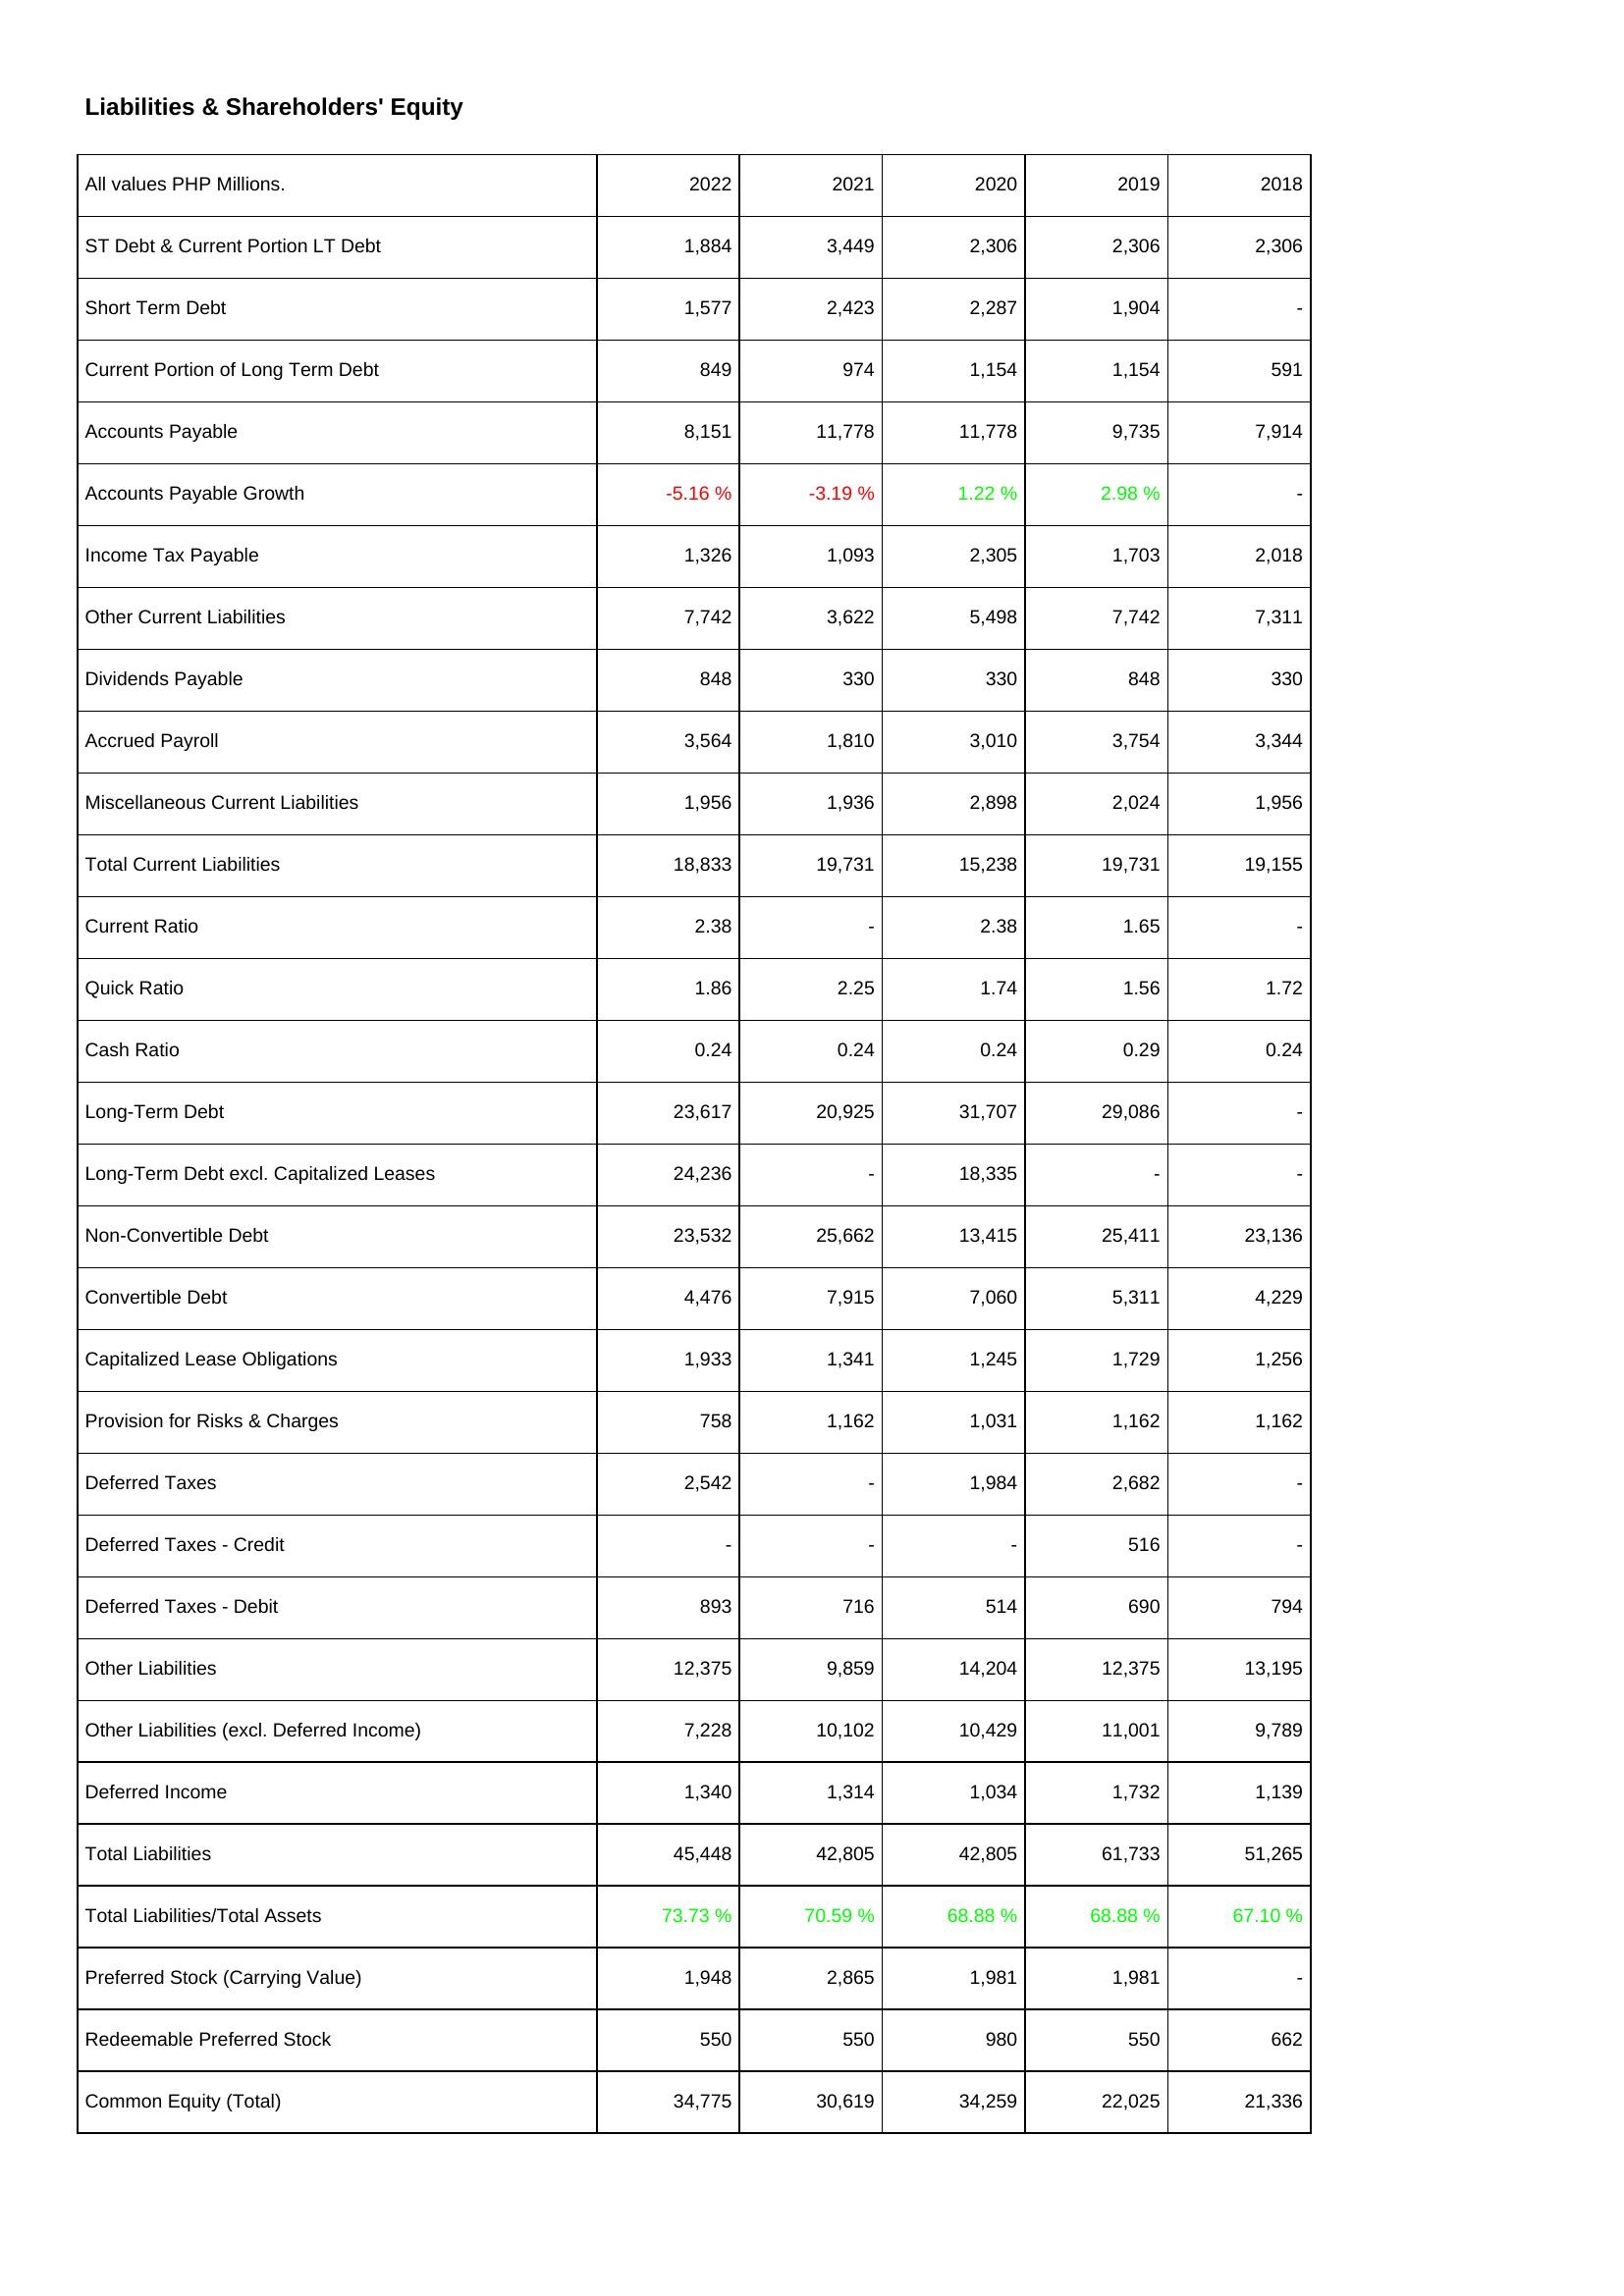
2022: Liabilities & Shareholders' Equity: ST Debt & Current Portion LT Debt: 1,884
Short Term Debt: 1,577
Current Portion of Long Term Debt: 849
Accounts Payable: 8,151
Accounts Payable Growth: -5.16 %
Income Tax Payable: 1,326
Other Current Liabilities: 7,742
Dividends Payable: 848
Accrued Payroll: 3,564
Miscellaneous Current Liabilities: 1,956
Total Current Liabilities: 18,833
Current Ratio: 2.38
Quick Ratio: 1.86
Cash Ratio: 0.24
Long-Term Debt: 23,617
Long-Term Debt excl. Capitalized Leases: 24,236
Non-Convertible Debt: 23,532
Convertible Debt: 4,476
Capitalized Lease Obligations: 1,933
Provision for Risks & Charges: 758
Deferred Taxes: 2,542
Deferred Taxes - Credit: -
Deferred Taxes - Debit: 893
Other Liabilities: 12,375
Other Liabilities (excl. Deferred Income): 7,228
Deferred Income: 1,340
Total Liabilities: 45,448
Total Liabilities/Total Assets: 73.73 %
Preferred Stock (Carrying Value): 1,948
Redeemable Preferred Stock: 550
Common Equity (Total): 34,775
2021: Liabilities & Shareholders' Equity: ST Debt & Current Portion LT Debt: 3,449
Short Term Debt: 2,423
Current Portion of Long Term Debt: 974
Accounts Payable: 11,778
Accounts Payable Growth: -3.19 %
Income Tax Payable: 1,093
Other Current Liabilities: 3,622
Dividends Payable: 330
Accrued Payroll: 1,810
Miscellaneous Current Liabilities: 1,936
Total Current Liabilities: 19,731
Current Ratio: -
Quick Ratio: 2.25
Cash Ratio: 0.24
Long-Term Debt: 20,925
Long-Term Debt excl. Capitalized Leases: -
Non-Convertible Debt: 25,662
Convertible Debt: 7,915
Capitalized Lease Obligations: 1,341
Provision for Risks & Charges: 1,162
Deferred Taxes: -
Deferred Taxes - Credit: -
Deferred Taxes - Debit: 716
Other Liabilities: 9,859
Other Liabilities (excl. Deferred Income): 10,102
Deferred Income: 1,314
Total Liabilities: 42,805
Total Liabilities/Total Assets: 70.59 %
Preferred Stock (Carrying Value): 2,865
Redeemable Preferred Stock: 550
Common Equity (Total): 30,619
2020: Liabilities & Shareholders' Equity: ST Debt & Current Portion LT Debt: 2,306
Short Term Debt: 2,287
Current Portion of Long Term Debt: 1,154
Accounts Payable: 11,778
Accounts Payable Growth: 1.22 %
Income Tax Payable: 2,305
Other Current Liabilities: 5,498
Dividends Payable: 330
Accrued Payroll: 3,010
Miscellaneous Current Liabilities: 2,898
Total Current Liabilities: 15,238
Current Ratio: 2.38
Quick Ratio: 1.74
Cash Ratio: 0.24
Long-Term Debt: 31,707
Long-Term Debt excl. Capitalized Leases: 18,335
Non-Convertible Debt: 13,415
Convertible Debt: 7,060
Capitalized Lease Obligations: 1,245
Provision for Risks & Charges: 1,031
Deferred Taxes: 1,984
Deferred Taxes - Credit: -
Deferred Taxes - Debit: 514
Other Liabilities: 14,204
Other Liabilities (excl. Deferred Income): 10,429
Deferred Income: 1,034
Total Liabilities: 42,805
Total Liabilities/Total Assets: 68.88 %
Preferred Stock (Carrying Value): 1,981
Redeemable Preferred Stock: 980
Common Equity (Total): 34,259
2019: Liabilities & Shareholders' Equity: ST Debt & Current Portion LT Debt: 2,306
Short Term Debt: 1,904
Current Portion of Long Term Debt: 1,154
Accounts Payable: 9,735
Accounts Payable Growth: 2.98 %
Income Tax Payable: 1,703
Other Current Liabilities: 7,742
Dividends Payable: 848
Accrued Payroll: 3,754
Miscellaneous Current Liabilities: 2,024
Total Current Liabilities: 19,731
Current Ratio: 1.65
Quick Ratio: 1.56
Cash Ratio: 0.29
Long-Term Debt: 29,086
Long-Term Debt excl. Capitalized Leases: -
Non-Convertible Debt: 25,411
Convertible Debt: 5,311
Capitalized Lease Obligations: 1,729
Provision for Risks & Charges: 1,162
Deferred Taxes: 2,682
Deferred Taxes - Credit: 516
Deferred Taxes - Debit: 690
Other Liabilities: 12,375
Other Liabilities (excl. Deferred Income): 11,001
Deferred Income: 1,732
Total Liabilities: 61,733
Total Liabilities/Total Assets: 68.88 %
Preferred Stock (Carrying Value): 1,981
Redeemable Preferred Stock: 550
Common Equity (Total): 22,025
2018: Liabilities & Shareholders' Equity: ST Debt & Current Portion LT Debt: 2,306
Short Term Debt: -
Current Portion of Long Term Debt: 591
Accounts Payable: 7,914
Accounts Payable Growth: -
Income Tax Payable: 2,018
Other Current Liabilities: 7,311
Dividends Payable: 330
Accrued Payroll: 3,344
Miscellaneous Current Liabilities: 1,956
Total Current Liabilities: 19,155
Current Ratio: -
Quick Ratio: 1.72
Cash Ratio: 0.24
Long-Term Debt: -
Long-Term Debt excl. Capitalized Leases: -
Non-Convertible Debt: 23,136
Convertible Debt: 4,229
Capitalized Lease Obligations: 1,256
Provision for Risks & Charges: 1,162
Deferred Taxes: -
Deferred Taxes - Credit: -
Deferred Taxes - Debit: 794
Other Liabilities: 13,195
Other Liabilities (excl. Deferred Income): 9,789
Deferred Income: 1,139
Total Liabilities: 51,265
Total Liabilities/Total Assets: 67.10 %
Preferred Stock (Carrying Value): -
Redeemable Preferred Stock: 662
Common Equity (Total): 21,336